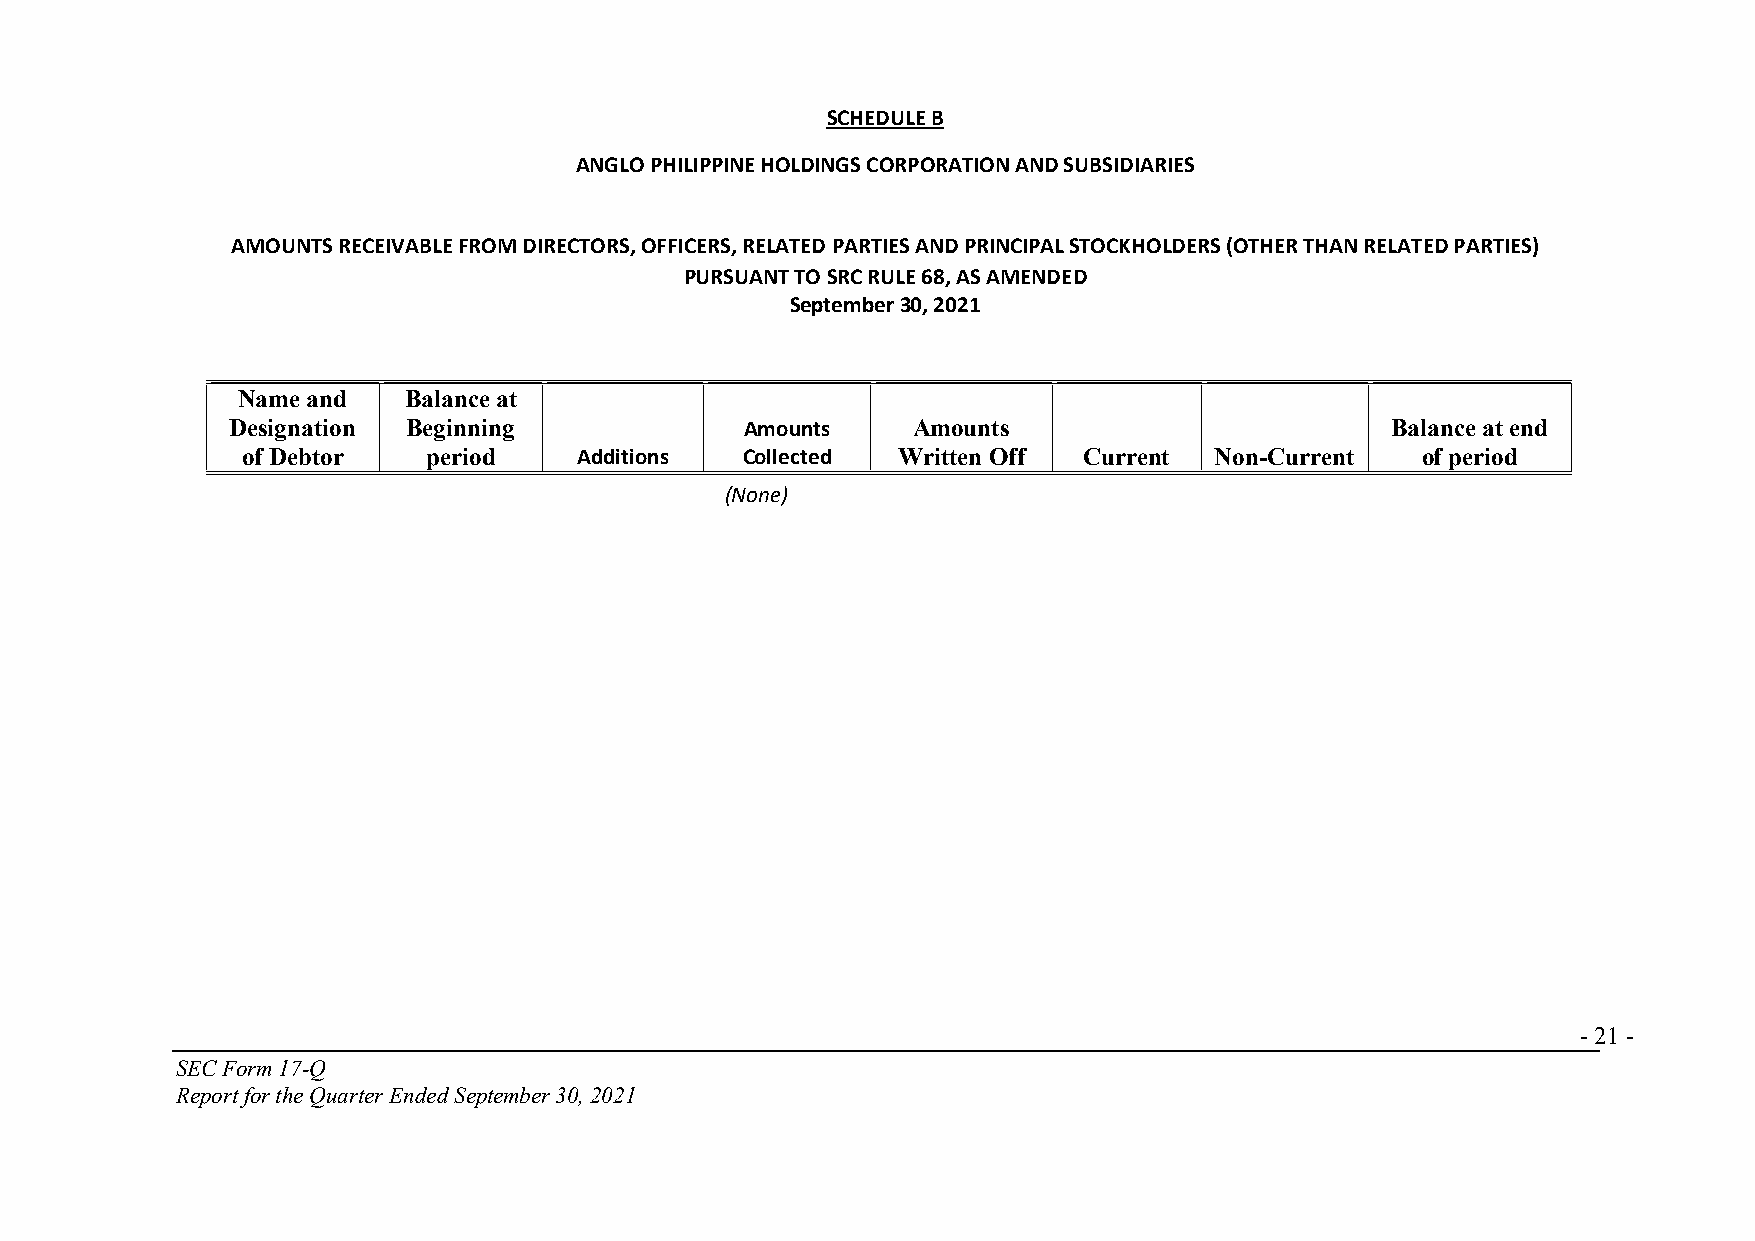
SCHEDULE B
 ANGLO PHILIPPINE HOLDINGS CORPORATION AND SUBSIDIARIES
 AMOUNTS RECEIVABLE FROM DIRECTORS, OFFICERS, RELATED PARTIES AND PRINCIPAL STOCKHOLDERS (OTHER THAN RELATED PARTIES)
 PURSUANT TO SRC RULE 68, AS AMENDED
 September 30, 2021
 Name and   Balance at
 Designation Beginning             Amounts    Amounts                         Balance at end
 of Debtor   period    Additions  Collected Written Off  Current Non-Current   of period
 (None)
 - 21 -
 SEC Form 17-Q
 Report for the Quarter Ended September 30, 2021